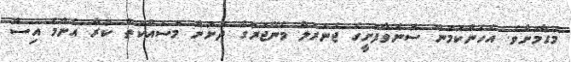
މަގާމަށެވެ. އެހެންކަމުން ސޮނެވާފުށީގެ ޖެނަރަލް މެނޭޖަރުގެ ދަށުން މަސައްކަތް ކުރާ އެންމެ އިސް